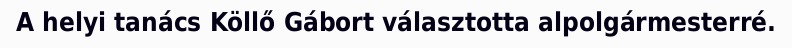
A helyi tanács Köllő Gábort választotta alpolgármesterré.